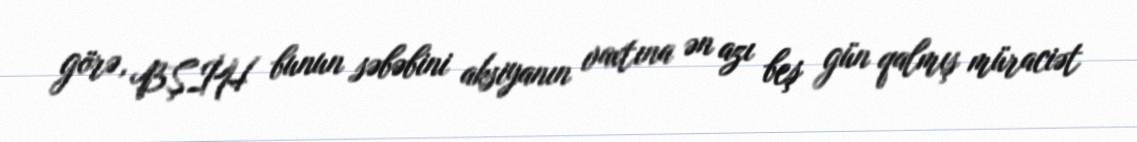
görə, BŞİH bunun səbəbini aksiyanın vaxtına ən azı beş gün qalmış müraciət